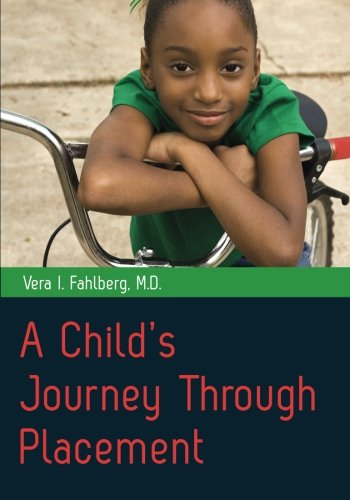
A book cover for A Child's Journey Through Placement; Vera I. Fahlberg; Parenting & Relationships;